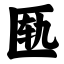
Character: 匦